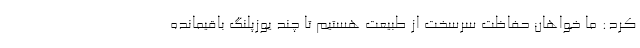
کرد: ما خواهان حفاظت سرسخت از طبیعت هستیم تا چند یوزپلنگ باقیمانده